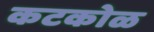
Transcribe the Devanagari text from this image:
कटकोळ